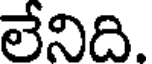
లేనిది.